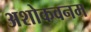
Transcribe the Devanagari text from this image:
अशोकवनम